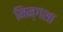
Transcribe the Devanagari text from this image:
मिन्गशा